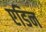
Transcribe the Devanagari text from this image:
एडिन